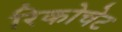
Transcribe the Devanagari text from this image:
रिकोचेट